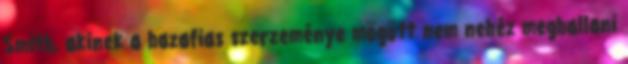
Smith, akinek a hazafias szerzeménye mögött nem nehéz meghallani